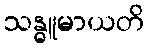
သန္ဓူမာယတိ